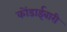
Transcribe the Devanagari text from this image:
कोंडाईबारी